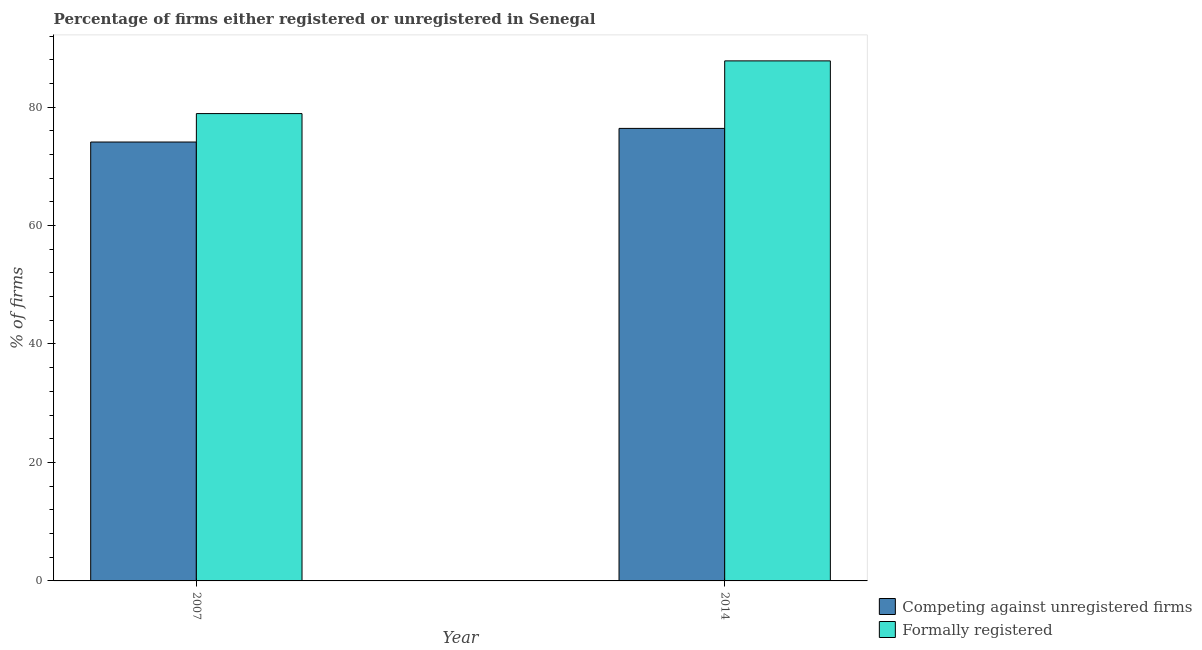
| Year | Competing against unregistered firms | Formally registered |
 | --- | --- | --- |
 | 2007 | 74.1 | 78.9 |
 | 2014 | 76.4 | 87.8 |